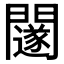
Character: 𨷃